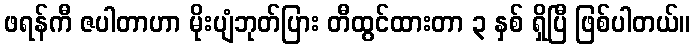
ဖရန်ကီ ဇပါတာဟာ မိုးပျံဘုတ်ပြား တီထွင်ထားတာ ၃ နှစ် ရှိပြီ ဖြစ်ပါတယ်။